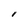
Character: I